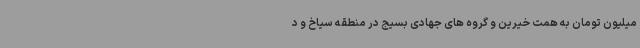
میلیون تومان به همت خیرین و گروه های جهادی بسیج در منطقه سیاخ و د